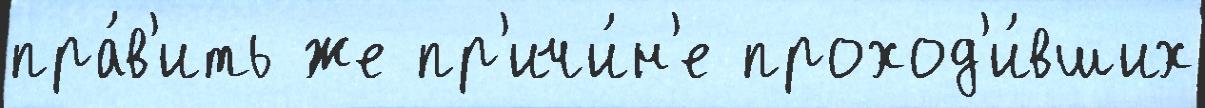
пра́в'ить же пр'ичи́н'е проход'и́вших